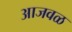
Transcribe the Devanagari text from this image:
आजवळ